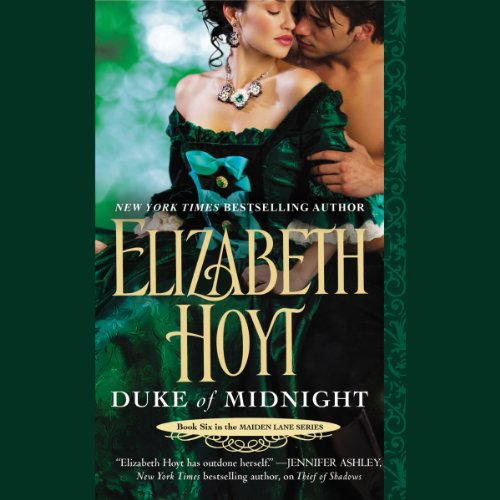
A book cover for Duke of Midnight: Maiden Lane; Elizabeth Hoyt; Romance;